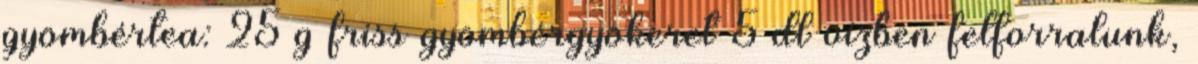
gyömbértea: 25 g friss gyömbérgyökeret 5 dl vízben felforralunk,